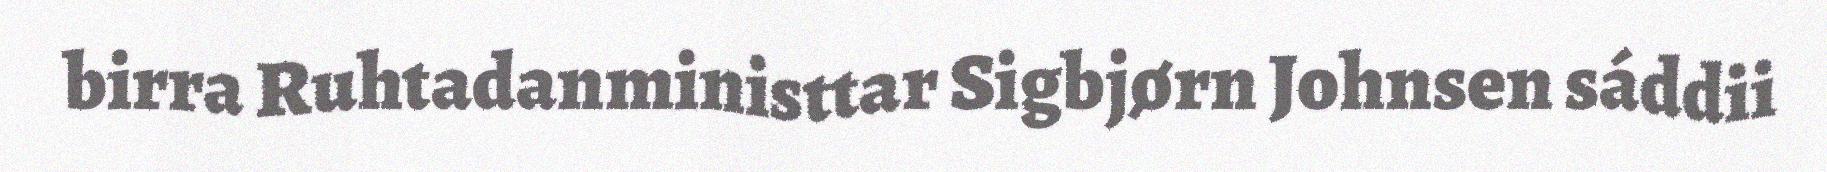
birra Ruhtadanministtar Sigbjørn Johnsen sáddii